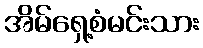
အိမ်ရှေ့စံမင်းသား